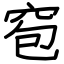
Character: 窇